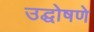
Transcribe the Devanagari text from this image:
उद्घोषणे